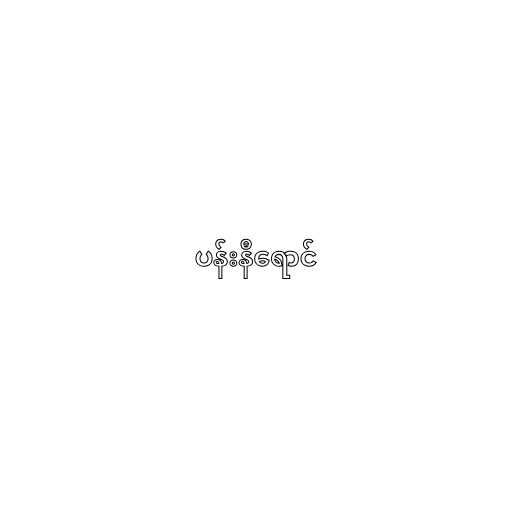
ပန်းနီရောင်